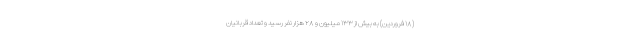
(۱۸ فروردین) به بیش از ۱۳۳ میلیون و ۲۸ هزار نفر رسید و تعداد قربانیان